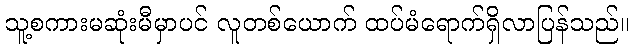
သူ့စကားမဆုံးမီမှာပင် လူတစ်ယောက် ထပ်မံရောက်ရှိလာပြန်သည်။